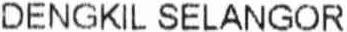
DENGKIL SELANGOR